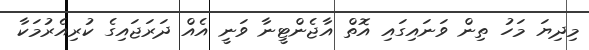
މިދިޔަ މަހު ތިން ވަނައިގައި އޮތް އާޖެންޓީނާ ވަނީ އެއް ދަރަޖައިގެ ކުރިއެރުމަކާ